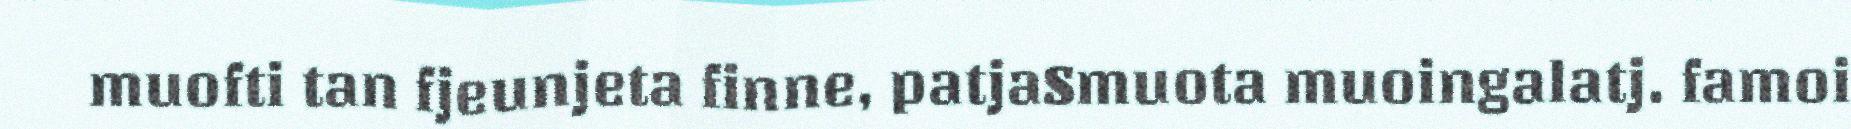
muofti tan fjeunjeta finne, patjaSmuota muoingalatj. famoi